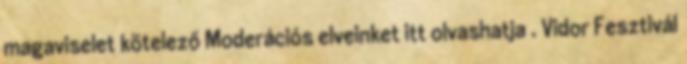
magaviselet kötelező Moderációs elveinket itt olvashatja . Vidor Fesztivál